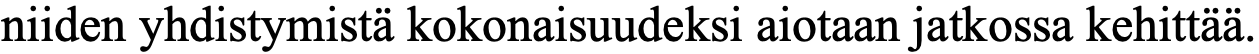
niiden yhdistymistä kokonaisuudeksi aiotaan jatkossa kehittää.